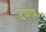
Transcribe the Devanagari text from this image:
उपगम